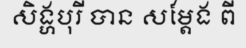
សិង្ហបុរី បាន សម្តែង ពី